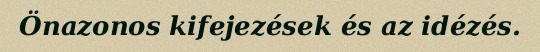
Önazonos kifejezések és az idézés.